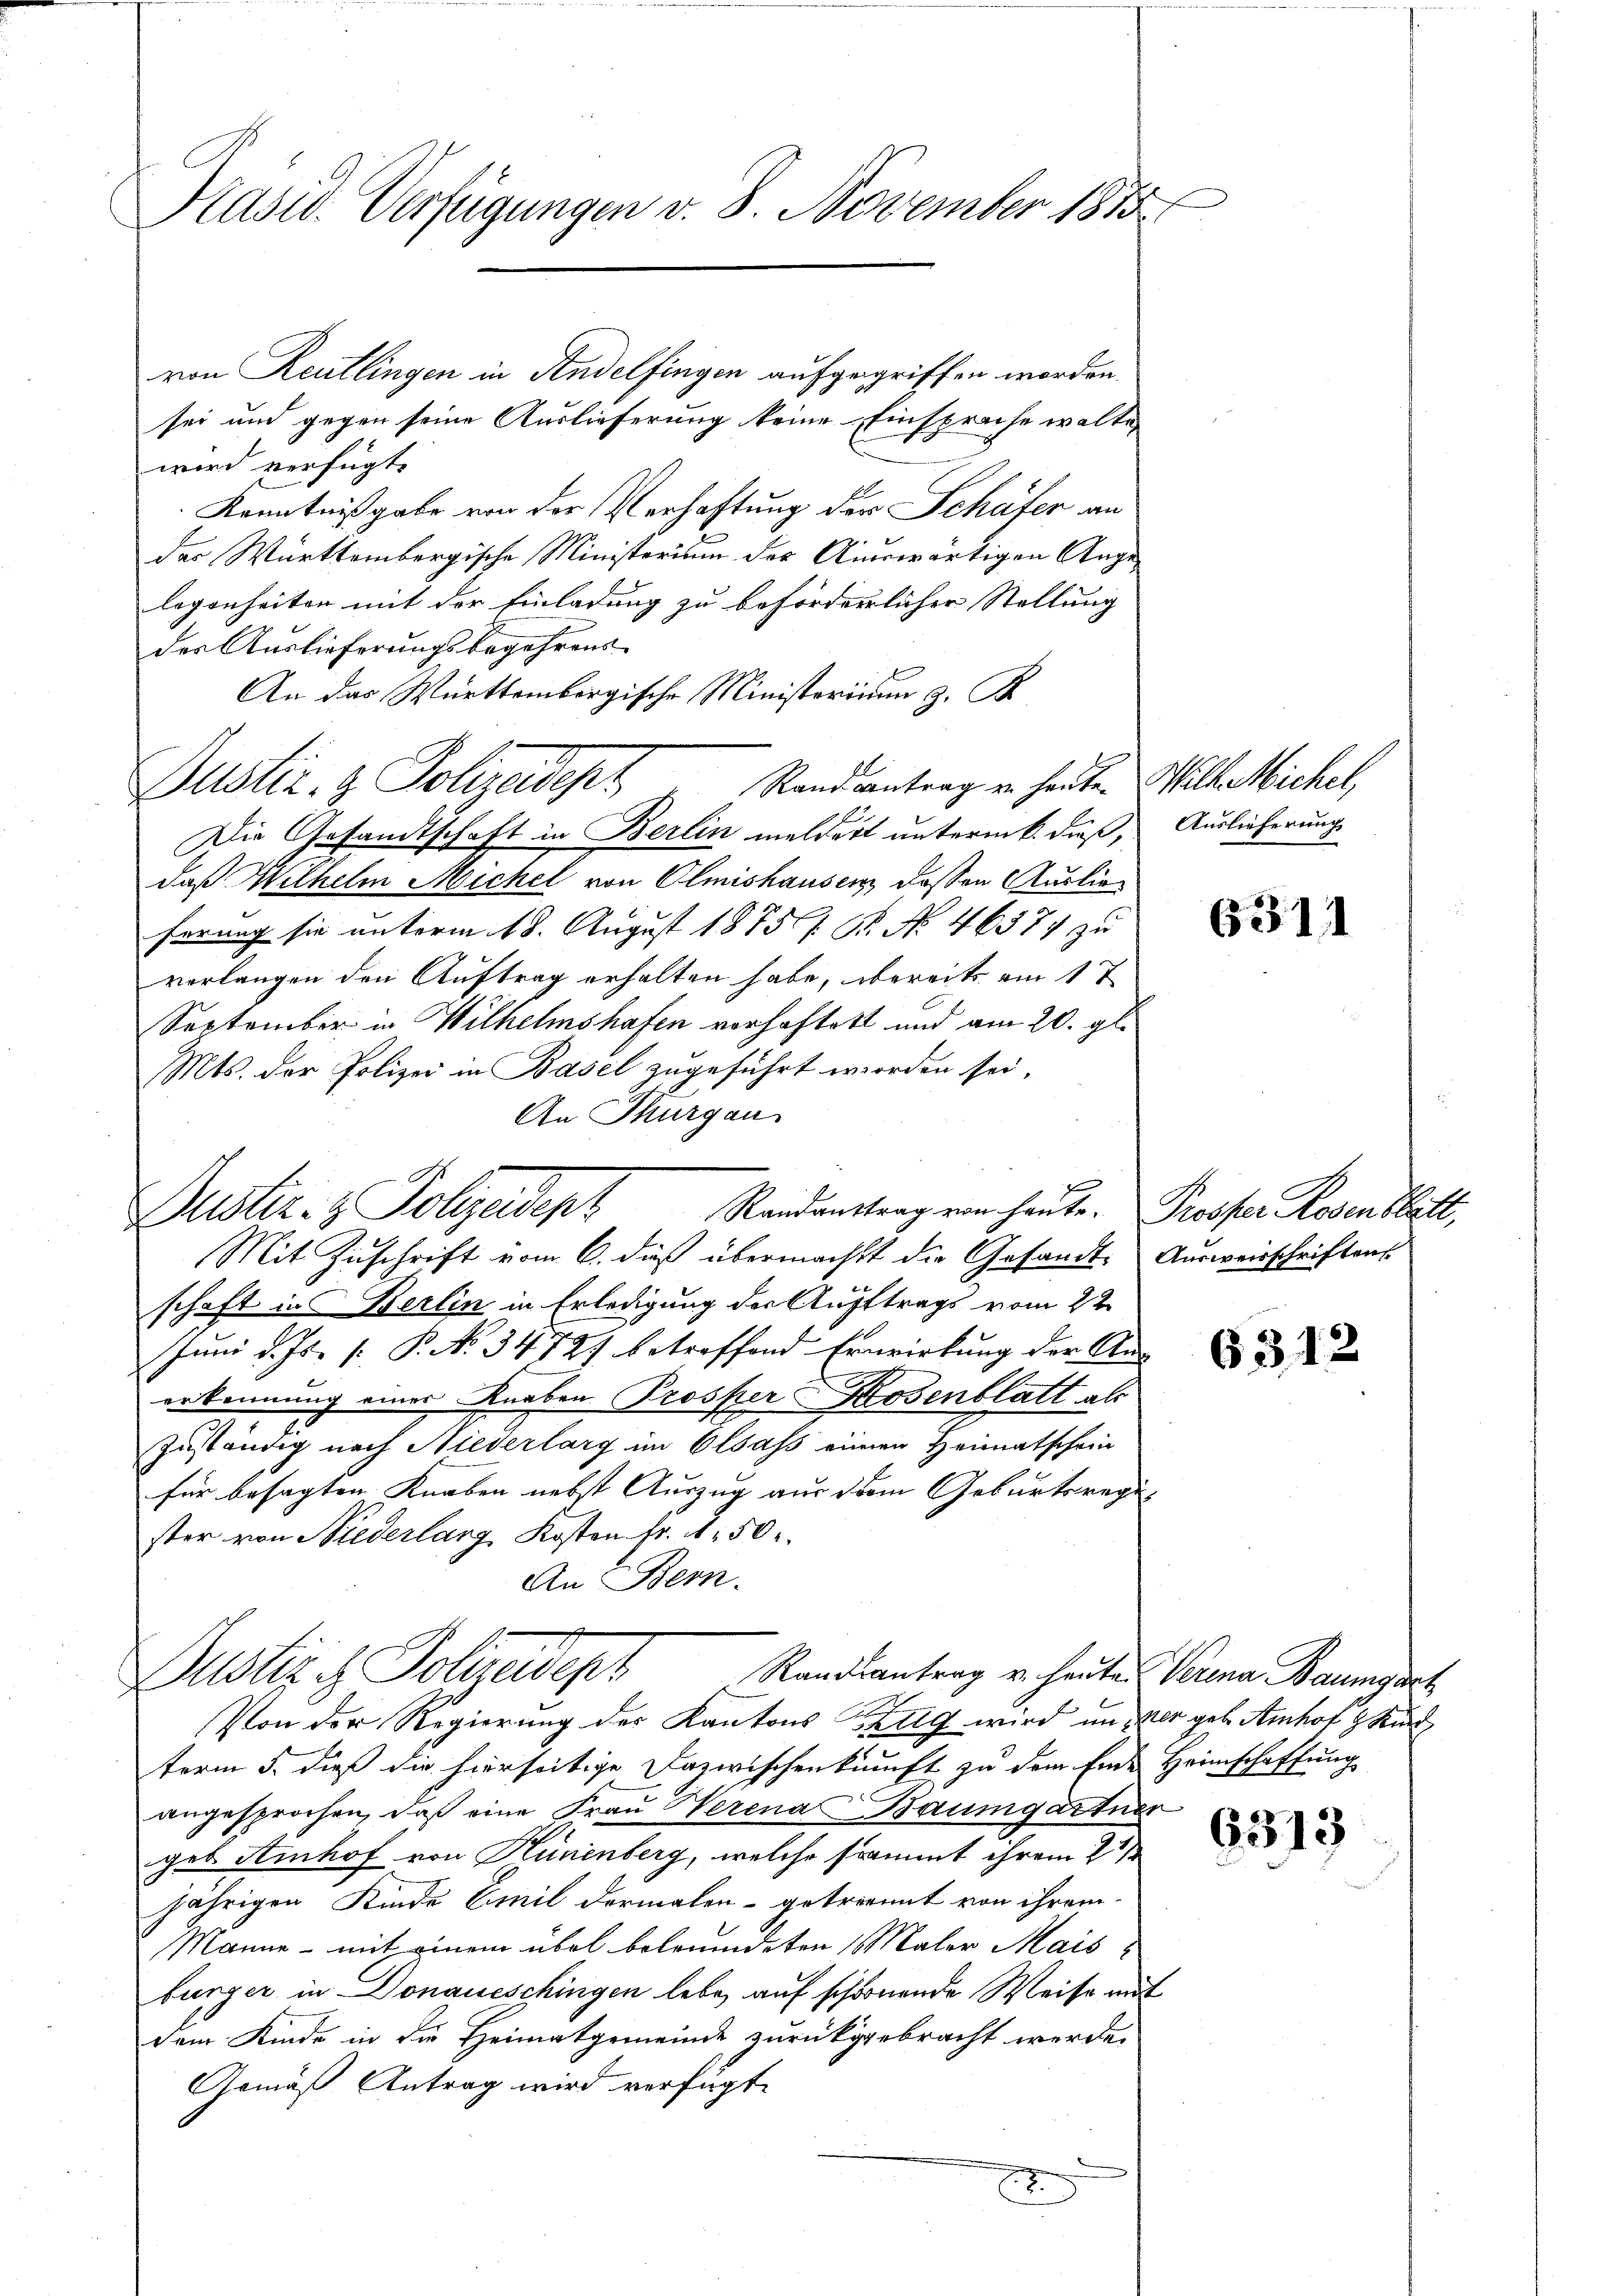
Präsid. Verfügungen v. 8. November 1873

von Reutlingen in Andelfingen aufgegriffen worden.
sei und gegen seine Auslieferung keine Einsprache walte
wird verfügt:
Kenntnißgabe von der Verhaftung der Schäfer an
der Württembergische Ministerium der Auswärtigen Angelegenheiten mit der Einladung zu beförderlicher Stellung
der Auslieferungsbegehrens
An das Württembergische Ministerium z. B.
Justiz- & Polizeidept. Standsantrag in heuten Willeichel,
Die Gesandtschaft in Berlin meldert unterm k. dieß, Auslieferung
daß Wilhelm Michel von Olmishausen dessen Auslieferung sie unterm 18. August 1875 f. St. No. 46377 zu
verlangen den Auftrag erhalten habe, bereits am 1t
September in Wilhelmshafen vorhaftet und am 20. gl.
Mts. der Polizei in Basel zugeführt worden sei,
An Thurgau
Mit Zuschrift vom 6. dieß übermacht die Gesandt. Ausweisschriftens
schaft in Berlin in Erledigung der Auftrags vom 22.
Juni d. Js. s. P. No 3472) betreffend Erwirkung der An-
erkennung einer Rauben Prosper-Kosenblatt als
zuständig nach Niederlang im Elsass einen Heimatschein
für besagten Knaben nebst Auszug aus dem Geburtsregi
ster von Niederlarg, Kosten Fr. 150 r.
An Bern.
Bustizch Polizeidept
Randsantrag u. heute Verena Baumgart
Von der Regierung der Kantons Zug wird in der geb. Amhof z Kur
term 5. dieß die hierseitige Dazwischenkunft zu dem Ende Heimschaffung
angesprochen, daß eine Frau Herena Baumgartner
geb. Stihof von Hünenberg, welche sammt ihrem 2 1/
jährigen Kinde Emil dermalen getrennt von ihrem
Manne - mit einem übel betreideten Maler Mais
bürger in Donaueschingen lebe, auf schönende Weise mit
dem Kinde in die Heimatgemeinde zurückgebracht werde.
Gemäß Antrag wird verfügt
.

Justiz- & Polizeidept Randanttrag von heute. Presser Rosenblatt,

6311

6312

6313